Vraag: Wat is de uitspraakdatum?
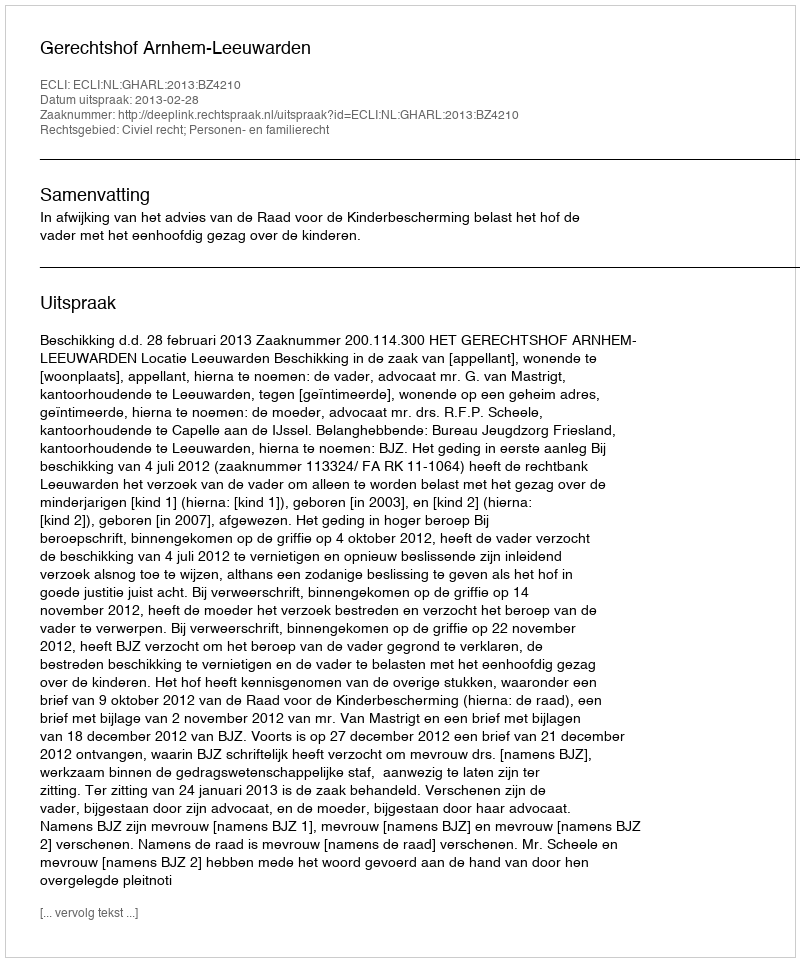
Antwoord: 2013-02-28